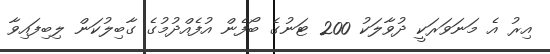
އިރު އެ މަނަވަރަކީ ދުވާލަކު 200 ޓަނުގެ ބޯފެން އުފެއްދުމުގެ ގާބިލުކަން ލިބިފައިވާ